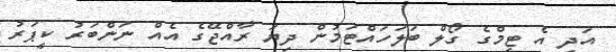
އަދި އެ ޓީމްގެ ގޯލް ބަލަހައްޓަމުން ދިޔަ ރާއްޖޭގެ އެއް ނަންބަރު ކީޕަރު